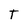
Character: T